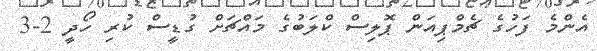
އެންމެ ފަހުގެ ޗެމްޕިއަން ޕޮލިސް ކްލަބުގެ މައްޗަށް ގުޑީސް ކުރި ހޯދީ 2-3